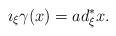
LaTeX: \begin{align*}\imath_{\xi}\gamma(x)=ad_{\xi}^*x.\end{align*}